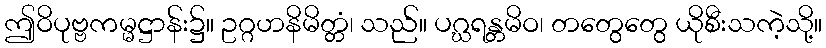
ဤဝိပုဗ္ဗကမ္မဋ္ဌာန်း၌။ ဥဂ္ဂဟနိမိတ္တံ၊ သည်။ ပဂ္ဃရန္တမိဝ၊ တတွေတွေ ယိုစီးသကဲ့သို့။